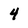
Character: 4